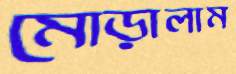
মোড়ালাম